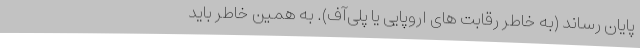
پایان رساند (به خاطر رقابت های اروپایی یا پلی‌آف). به همین خاطر باید